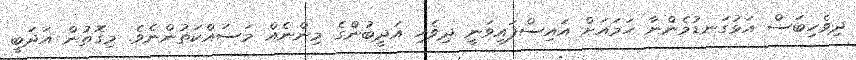
ދިވެހިބަސް އަޅުގަނޑުމެންނާ ހަމައަށް އައިސްފައިވަނީ ދިވެހި އަދީބުންގެ މިންނެއް މަސައްކަތުންނެވެ. މިގޮތުން އަދަބީ